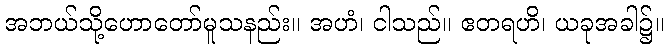
အဘယ်သို့ဟောတော်မူသနည်း။ အဟံ၊ ငါသည်။ ဧတရဟိ၊ ယခုအခါ၌။